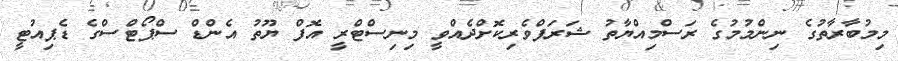
މިމުބާރާތުގެ ނިންމުމުގެ ރަސްމިއްޔާތު ޝަރަފްވެރިކޮށްދެއްވީ މިނިސްޓްރީ އޮފް ޔޫތު އެންޑް ސްޕޯޓްސްގެ ޑެޕިއުޓީ